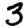
Digit: 3